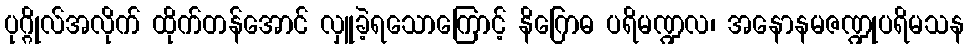
ပုဂ္ဂိုလ်အလိုက် ထိုက်တန်အောင် လှူခဲ့ရသောကြောင့် နိဂြောဓ ပရိမဏ္ဍလ၊ အနောနမဇဏ္ဍုပရိမသန